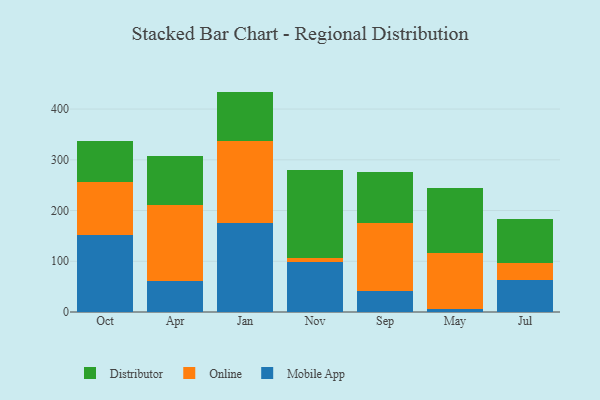
{"axis": {"x": "Month", "y": "Tickets Resolved"}, "legend": ["Distributor", "Mobile App", "Online"], "data": [{"x": "Oct", "y": 152.7, "type": "Mobile App"}, {"x": "Oct", "y": 103.3, "type": "Online"}, {"x": "Oct", "y": 80.8, "type": "Distributor"}, {"x": "Apr", "y": 61.7, "type": "Mobile App"}, {"x": "Apr", "y": 149.3, "type": "Online"}, {"x": "Apr", "y": 96.5, "type": "Distributor"}, {"x": "Jan", "y": 175.3, "type": "Mobile App"}, {"x": "Jan", "y": 161.5, "type": "Online"}, {"x": "Jan", "y": 97.6, "type": "Distributor"}, {"x": "Nov", "y": 97.7, "type": "Mobile App"}, {"x": "Nov", "y": 8.0, "type": "Online"}, {"x": "Nov", "y": 174.4, "type": "Distributor"}, {"x": "Sep", "y": 40.7, "type": "Mobile App"}, {"x": "Sep", "y": 134.6, "type": "Online"}, {"x": "Sep", "y": 100.1, "type": "Distributor"}, {"x": "May", "y": 5.7, "type": "Mobile App"}, {"x": "May", "y": 109.8, "type": "Online"}, {"x": "May", "y": 128.6, "type": "Distributor"}, {"x": "Jul", "y": 62.1, "type": "Mobile App"}, {"x": "Jul", "y": 35.4, "type": "Online"}, {"x": "Jul", "y": 85.3, "type": "Distributor"}]}